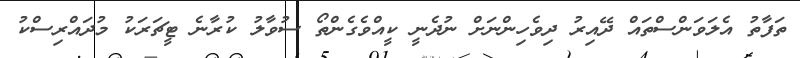
ތަފާތު އެލަވަންސްތައް ދޭއިރު ދިވެހިންނަށް ނުދެނީ ކީއްވެގެންތޯ ސުވާލު ކުރާނެ ޓީޗަރަކު މުދައްރިސްކު